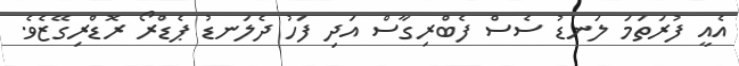
އެއީ ފުރަތަމަ ލަނޑު ސެސް ފެބްރިގާސް އަދި ފަހު ދެލަނޑު ޕެޑްރޯ ރޮޑްރިގޭޒެވެ.